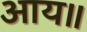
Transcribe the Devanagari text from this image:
आय॥